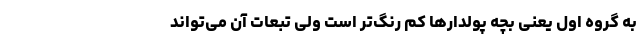
به گروه اول یعنی بچه پولدارها کم رنگ‌تر است ولی تبعات آن می‌تواند